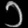
Digit: ၁